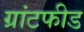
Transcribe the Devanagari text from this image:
ग्रांटफीड